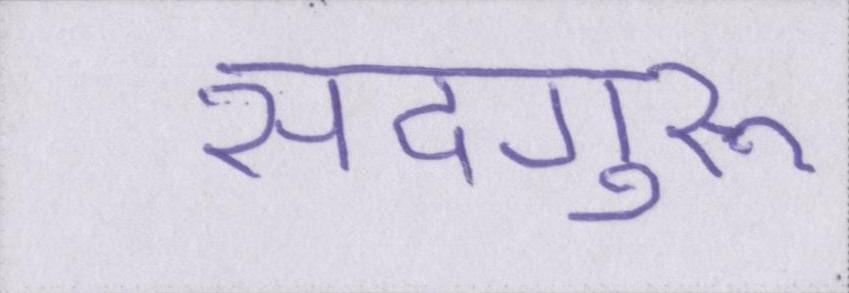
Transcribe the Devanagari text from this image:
सदगुरू